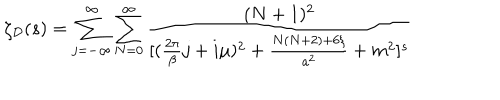
\zeta _ { \cal D } ( s ) = \sum _ { j = - \infty } ^ { \infty } \sum _ { N = 0 } ^ { \infty } { \frac { ( N + 1 ) ^ { 2 } } { [ ( { \frac { 2 \pi } { \beta } } j + i \mu ) ^ { 2 } + { \frac { N ( N + 2 ) + 6 \xi } { a ^ { 2 } } } + m ^ { 2 } ] ^ { s } } }